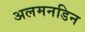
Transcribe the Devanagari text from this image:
अलमनडिन